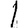
Digit: 1